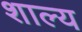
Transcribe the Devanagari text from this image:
शाल्य